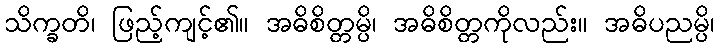
သိက္ခတိ၊ ဖြည့်ကျင့်၏။ အဓိစိတ္တမ္ပိ၊ အဓိစိတ္တကိုလည်း။ အဓိပညမ္ပိ၊